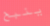
ينبح